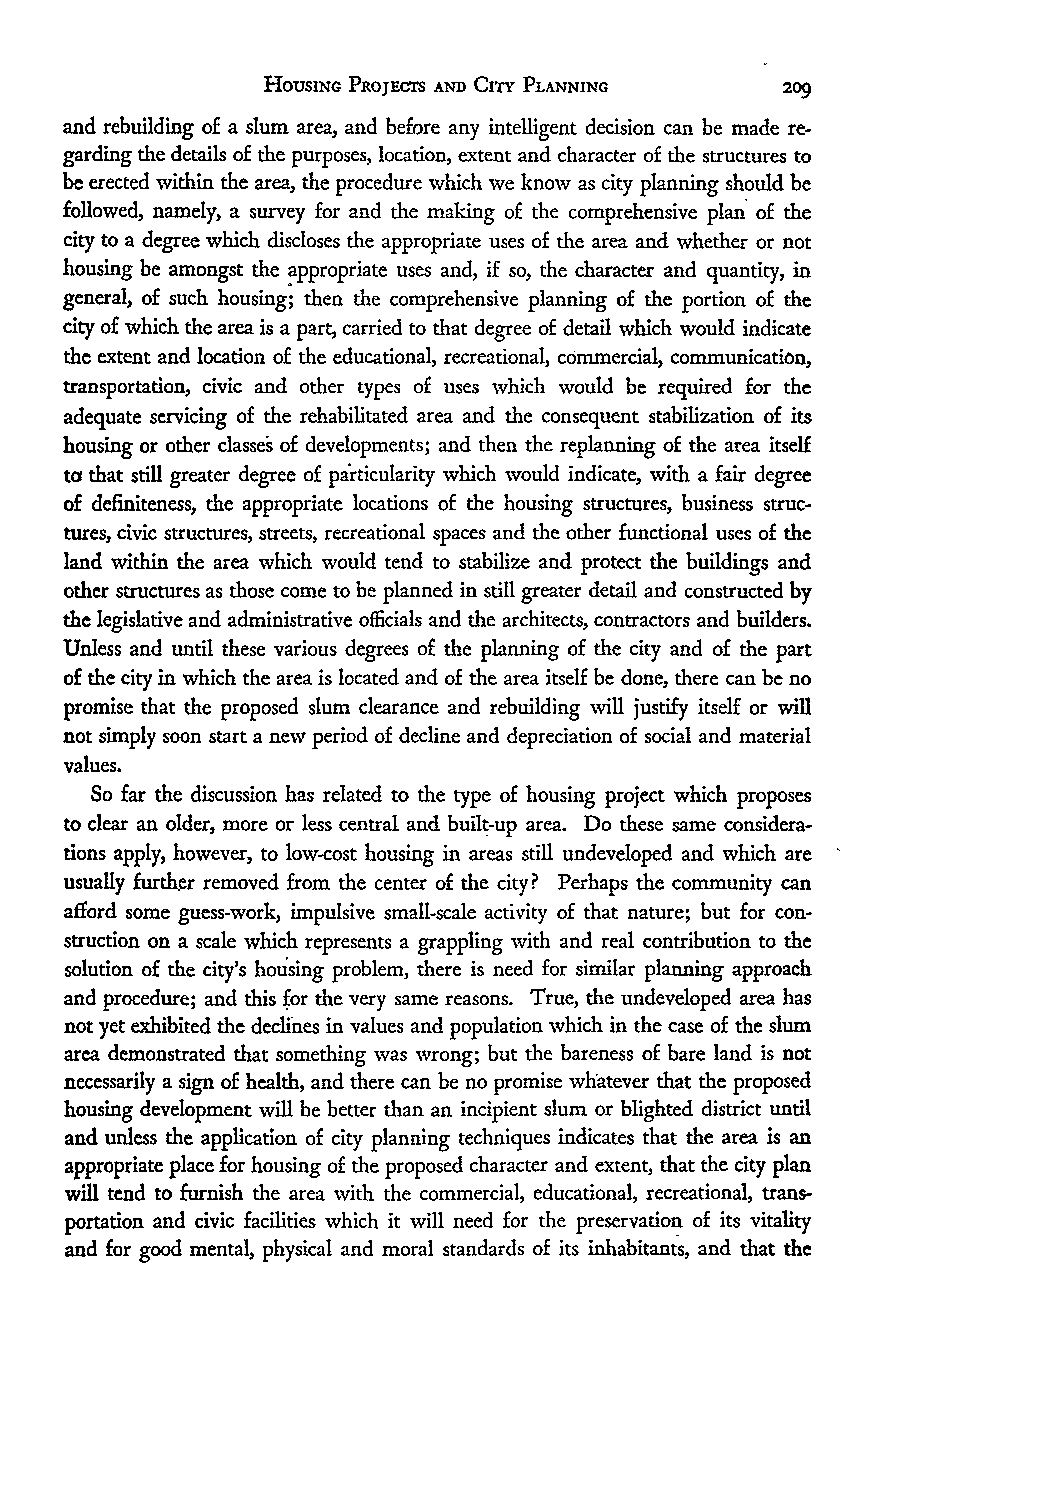
HousING PRo Ecrs AND CITY PLANNING
 and rebuilding of a slum area, and before any intelligent decision can be made re-
 garding the details of the purposes, location, extent and character of the structures to
 be erected within the area, the procedure which we know as city planning should be
 followed, namely, a survey for and the making of the comprehensive plan of the
 city to a degree which discloses the appropriate uses of the area and whether or not
 housing be amongst the appropriate uses and, if so, the character and quantity, in
 general, of such housing; then the comprehensive planning of the portion of the
 city of which the area is a part, carried to that degree of detail which would indicate
 the extent and location of the educational, recreational, commercial, communication,
 transportation, civic and other types of uses which would be required for the
 adequate servicing of the rehabilitated area and the consequent stabilization of its
 housing or other classes of developments; and then the replanning of the area itself
 to that still greater degree of particularity which would indicate, with a fair degree
 of definiteness, the appropriate locations of the housing structures, business struc-
 tures, civic structures, streets, recreational spaces and the other functional uses of the
 land within the area which would tend to stabilize and protect the buildings and
 other structures as those come to be planned in still greater detail and constructed by
 the legislative and administrative officials and the architects, contractors and builders.
 Unless and until these various degrees of the planning of the city and of the part
 of the city in which the area is located and of the area itself be done, there can be no
 promise that the proposed slum clearance and rebuilding will justify itself or wil
 not simply soon start a new period of decline and depreciation of social and material
 values.
 So far the discussion has related to the type of housing project which proposes
 to clear an older, more or less central and built-up area. Do these same considera-
 tions apply, however, to low-cost housing in areas still undeveloped and which are
 usually further removed from the center of the city? Perhaps the community can
 afford some guess-work, impulsive small-scale activity of that nature; but for con-
 struction on a scale which represents a grappling with and real contribution to the
 solution of the city's housing problem, there is need for similar planning approach
 and procedure; and this for the very same reasons. True, the undeveloped area has
 not yet exhibited the declines in values and population which in the case of the slum
 area demonstrated that something was wrong; but the bareness of bare land is not
 necessarily a sign of health, and there can be no promise whatever that the proposed
 housing development will be better than an incipient slum or blighted district until
 and unless the application of city planning techniques indicates that the area is an
 appropriate place for housing of the proposed character and extent, that the city plan
 will tend to furnish the area with the commercial, educational, recreational, trans-
 portation and civic facilities which it will need for the preservation of its vitality
 and for good mental, physical and moral standards of its inhabitants, and that the